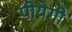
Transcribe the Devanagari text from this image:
पीयेगी